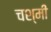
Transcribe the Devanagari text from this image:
चश्मी